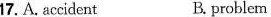
17.A.accident B. problem